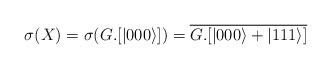
LaTeX: \begin{align*} \sigma(X)=\sigma(G.[|000\rangle])=\overline{G.[|000\rangle+|111\rangle]}\end{align*}